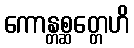
ကောန္တစ္ဆတ္တေဟိ